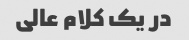
در یک کلام عالی